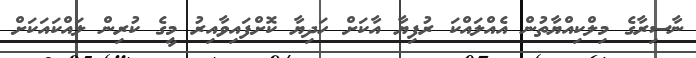
ނާސިރާގެ މިލްކިއްޔާތުން އެއްލައްކަ ރުފިޔާ އާކަށް ހަދިޔާ ކޮށްފައިވާއިރު މީގެ ކުރިން ލައްކައަކަށް